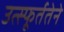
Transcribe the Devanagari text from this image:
उत्स्फूर्ततेने